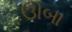
ઊબા